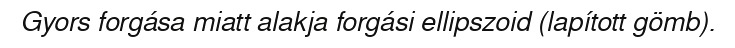
Gyors forgása miatt alakja forgási ellipszoid (lapított gömb).